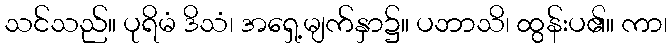
သင်သည်။ ပုရိမံ ဒိသံ၊ အရှေ့မျက်နှာ၌။ ပဘာသိ၊ ထွန်းပ၏။ ကာ၊